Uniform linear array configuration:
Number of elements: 24
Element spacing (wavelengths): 0.5
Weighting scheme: cosine
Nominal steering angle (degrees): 0
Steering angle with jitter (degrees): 0.03736
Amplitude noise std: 0.05
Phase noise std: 0.05

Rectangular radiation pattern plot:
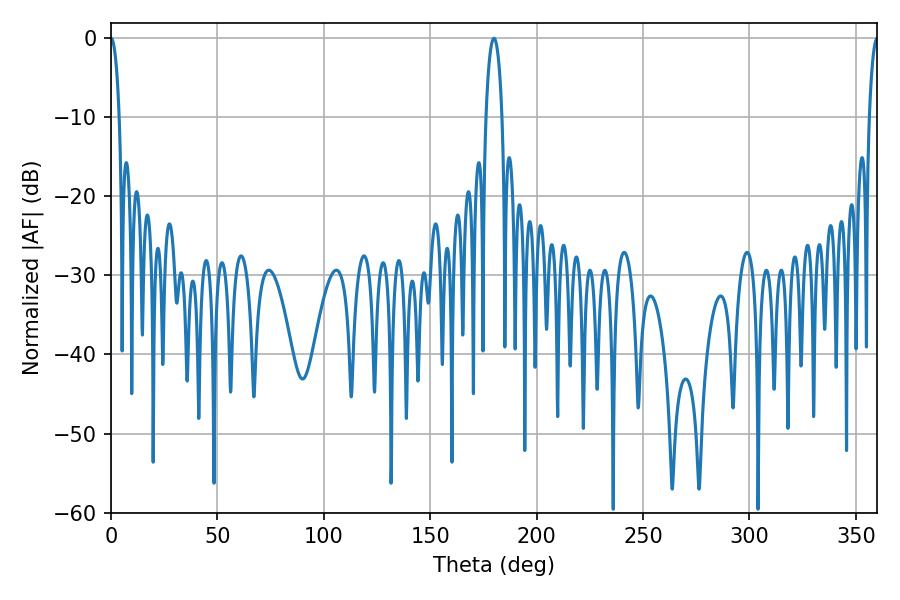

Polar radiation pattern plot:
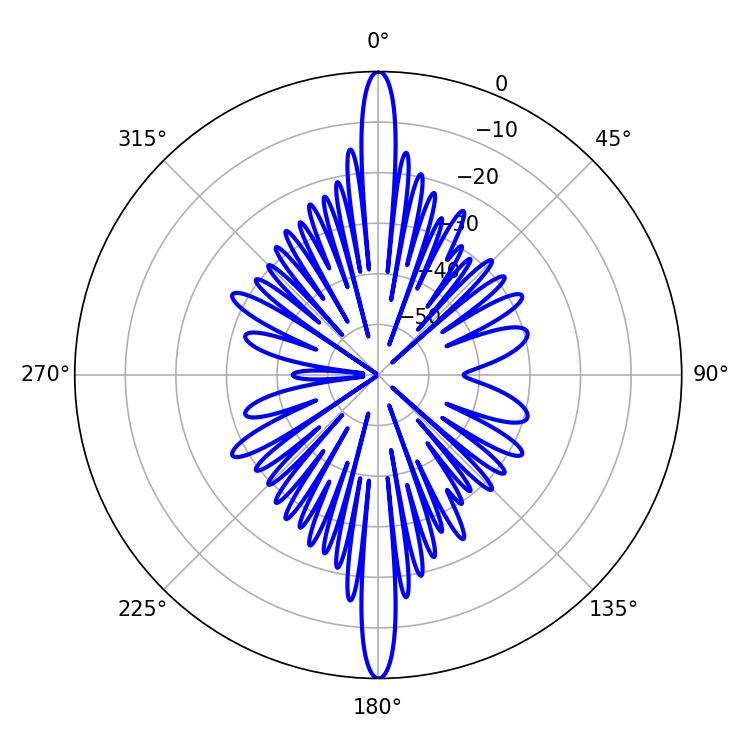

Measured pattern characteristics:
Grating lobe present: FALSE
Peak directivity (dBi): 36.744
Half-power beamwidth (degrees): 4.32
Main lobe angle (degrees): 180